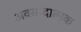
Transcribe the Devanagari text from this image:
अवसादात्मक